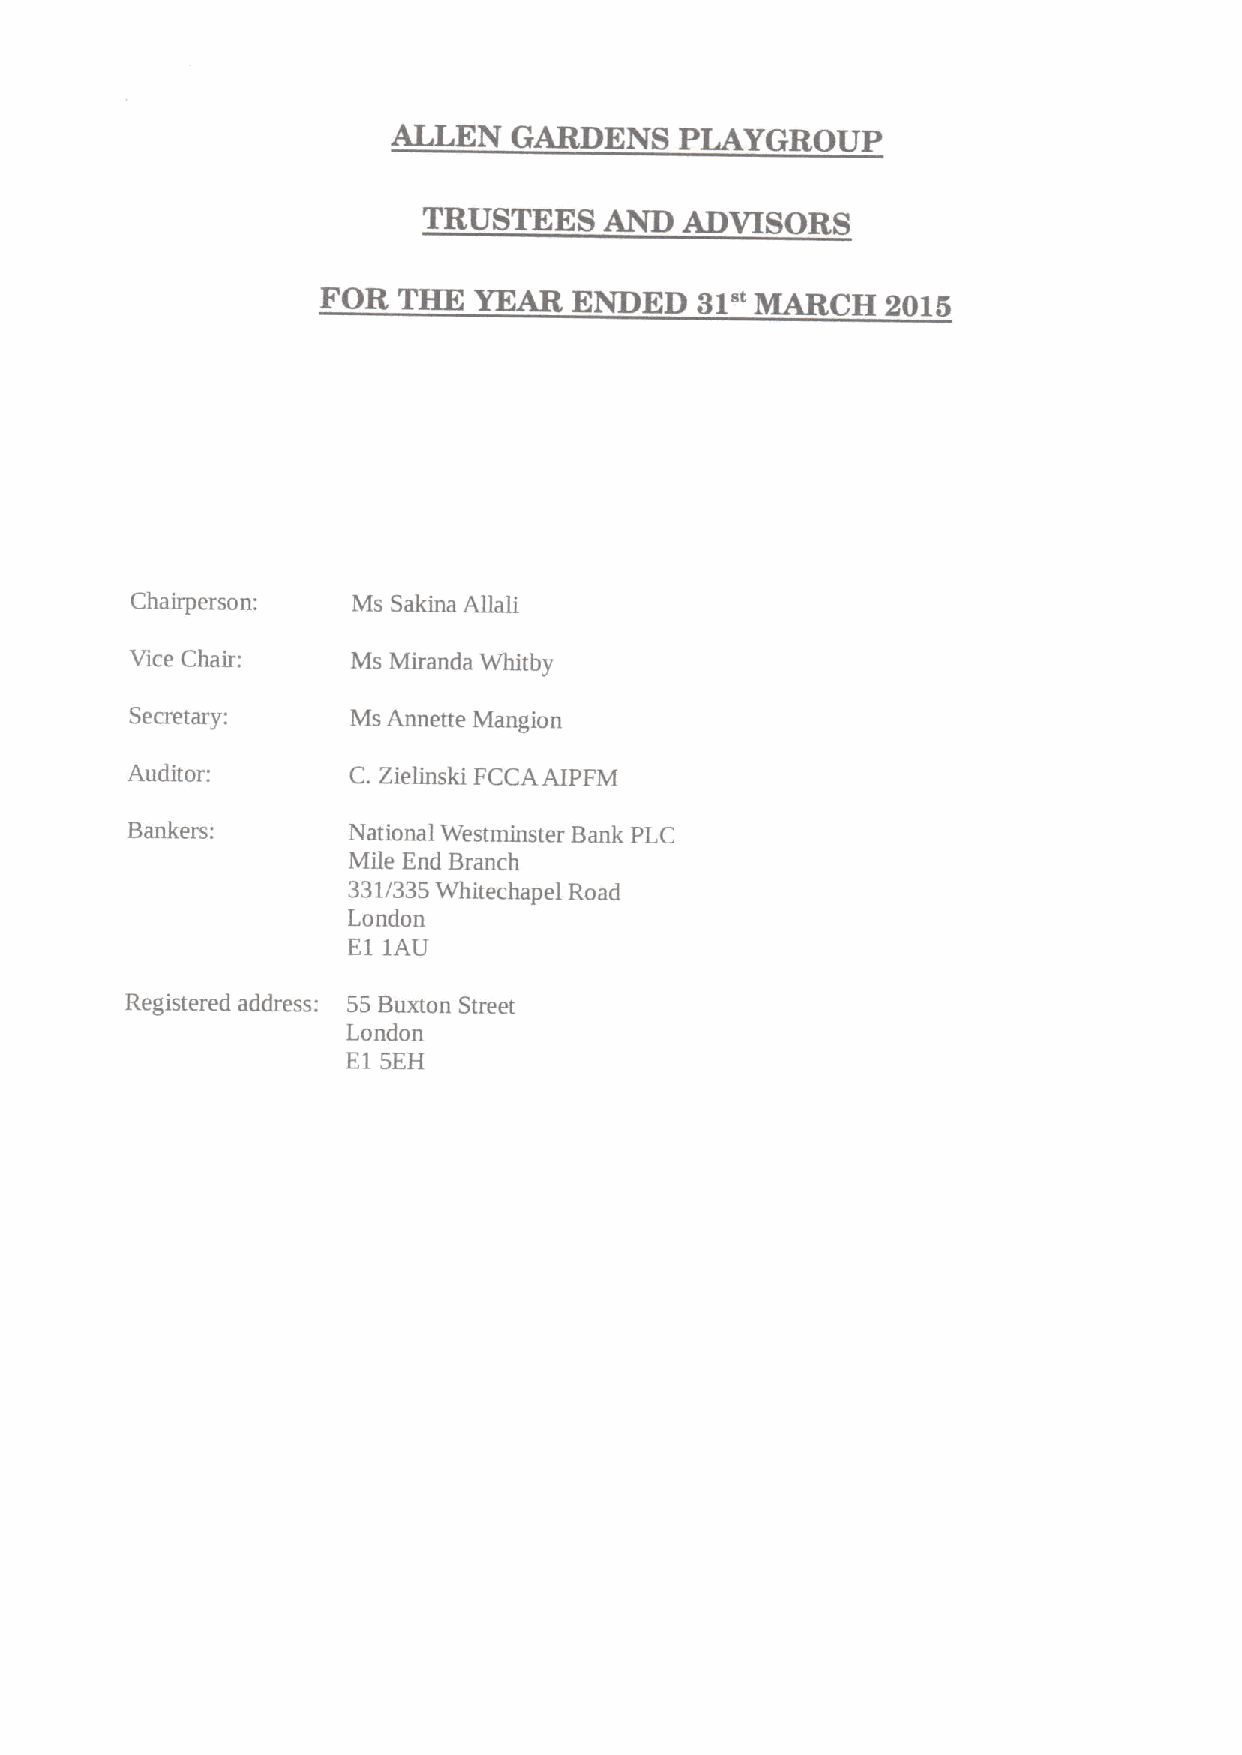
ALLEN   GARDENS    PLAYGROUP
 TRUSTEES    AND  ADVISORS
 FOR  THE  YEAR   ENDED   31" MARCH    2015
 Chairperson:  Ms Sakina Allali
 Vice Chair:   Ms Miranda Whitby
 Secretary:    Ms Annette Mangion
 Auditor:       C. Zielinski FCCAAIPFM
 Bankers:       National Westminster Bank PLC
 Mile End Branch
 331/335 Whitechapel Road
 London
 E1 1AU
 Registered address: 55 Buxton Street
 London
 E1 SEH